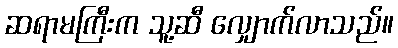
ဆရာမကြီးက သူ့ဆီ လျှောက်လာသည်။